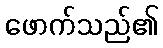
ဖောက်သည်၏